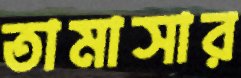
তামাসার